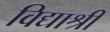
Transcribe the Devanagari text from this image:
विद्याश्री